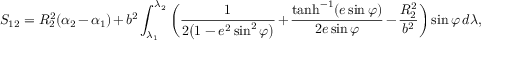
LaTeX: S _ { 1 2 } = R _ { 2 } ^ { 2 } ( \alpha _ { 2 } - \alpha _ { 1 } ) + b ^ { 2 } \int _ { \lambda _ { 1 } } ^ { \lambda _ { 2 } } { \biggl ( } { \frac { 1 } { 2 { \bigl ( } 1 - e ^ { 2 } \sin ^ { 2 } \varphi { \bigr ) } } } + { \frac { \operatorname { t a n h } ^ { - 1 } ( e \sin \varphi ) } { 2 e \sin \varphi } } - { \frac { R _ { 2 } ^ { 2 } } { b ^ { 2 } } } { \biggr ) } \sin \varphi \, d \lambda ,